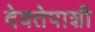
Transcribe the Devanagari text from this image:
देवतेपाशी